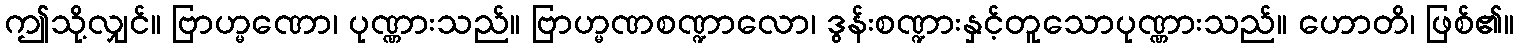
ဤသို့လျှင်။ ဗြာဟ္မဏော၊ ပုဏ္ဏားသည်။ ဗြာဟ္မဏစဏ္ဍာလော၊ ဒွန်းစဏ္ဍားနှင့်တူသောပုဏ္ဏားသည်။ ဟောတိ၊ ဖြစ်၏။